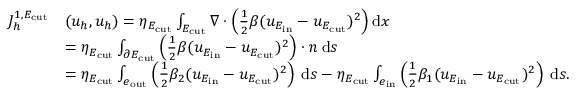
\begin{array} { r l } { J _ { h } ^ { 1 , E _ { \mathrm { c u t } } } } & { ( u _ { h } , u _ { h } ) = \eta _ { E _ { \mathrm { c u t } } } \int _ { E _ { \mathrm { c u t } } } \nabla \cdot \left( \frac 1 2 \beta ( u _ { E _ { \mathrm { i n } } } - u _ { E _ { \mathrm { c u t } } } ) ^ { 2 } \right) \mathrm { d } x } \\ & { = \eta _ { E _ { \mathrm { c u t } } } \int _ { \partial E _ { \mathrm { c u t } } } \left( \frac 1 2 \beta ( u _ { E _ { \mathrm { i n } } } - u _ { E _ { \mathrm { c u t } } } ) ^ { 2 } \right) \cdot n \: \mathrm { d } { s } } \\ & { = \eta _ { E _ { \mathrm { c u t } } } \int _ { e _ { \mathrm { o u t } } } \left( \frac 1 2 \beta _ { 2 } ( u _ { E _ { \mathrm { i n } } } - u _ { E _ { \mathrm { c u t } } } ) ^ { 2 } \right) \: \mathrm { d } { s } - \eta _ { E _ { \mathrm { c u t } } } \int _ { e _ { \mathrm { i n } } } \left( \frac 1 2 \beta _ { 1 } ( u _ { E _ { \mathrm { i n } } } - u _ { E _ { \mathrm { c u t } } } ) ^ { 2 } \right) \: \mathrm { d } { s } . } \end{array}